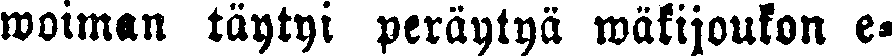
woiman täytyi peräytyä wäkijoukon e-